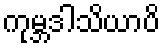
ကုမ္ဘဒါသိယာပိ